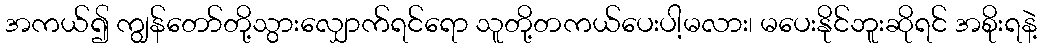
အကယ်၍ ကျွန်တော်တို့သွားလျှောက်ရင်ရော သူတို့တကယ်ပေးပါ့မလား၊ မပေးနိုင်ဘူးဆိုရင် အစိုးရနဲ့